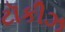
ટૉકીઝ